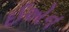
ઈએન